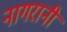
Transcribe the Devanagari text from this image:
नागरानी